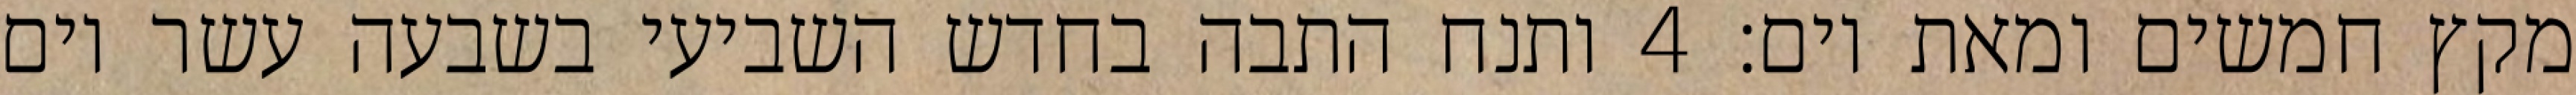
מקץ חמשים ומאת יום׃ ‎4‏ ותנח התבה בחדש השביעי בשבעה עשר יום